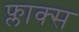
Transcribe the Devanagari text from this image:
फ्लाक्स